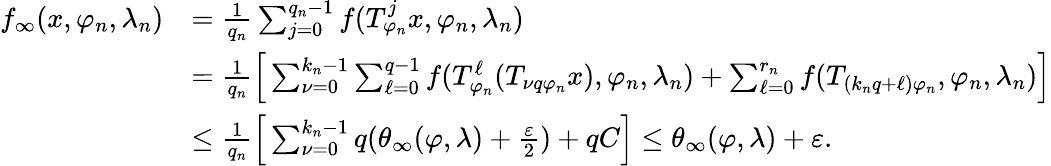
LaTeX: \begin{array}{rl}{f_{\infty}(x,\varphi_{n},\lambda_{n})}&{=\frac{1}{q_{n}}\sum_{j=0}^{q_{n}-1}f(T_{\varphi_{n}}^{j}x,\varphi_{n},\lambda_{n})}\\ &{=\frac{1}{q_{n}}\Big[\sum_{\nu=0}^{k_{n}-1}\sum_{\ell=0}^{q-1}f(T_{\varphi_{n}}^{\ell}(T_{\nu q\varphi_{n}}x),\varphi_{n},\lambda_{n})+\sum_{\ell=0}^{r_{n}}f(T_{(k_{n}q+\ell)\varphi_{n}},\varphi_{n},\lambda_{n})\Big]}\\ &{\le\frac{1}{q_{n}}\Big[\sum_{\nu=0}^{k_{n}-1}q(\theta_{\infty}(\varphi,\lambda)+\frac{\varepsilon}{2})+qC\Big]\le\theta_{\infty}(\varphi,\lambda)+\varepsilon.}\end{array}